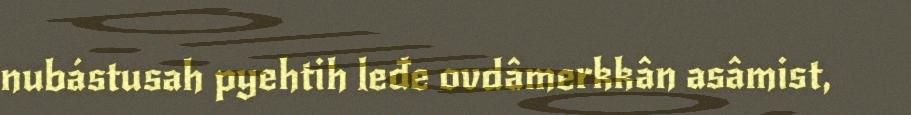
nubástusah pyehtih leđe ovdâmerkkân asâmist,